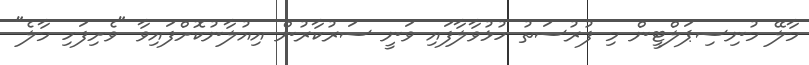
މާލޭ މުނިސިޕަލްޓީން މި ފުރުސަތު ހުޅުވާލާފައި ވަނީ ސަރުކާރުން އިއުލާނުކޮށްފައިވާ "ވެށިފަހި މާލެ"